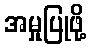
အမှုပြုဖို့